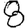
Digit: 8